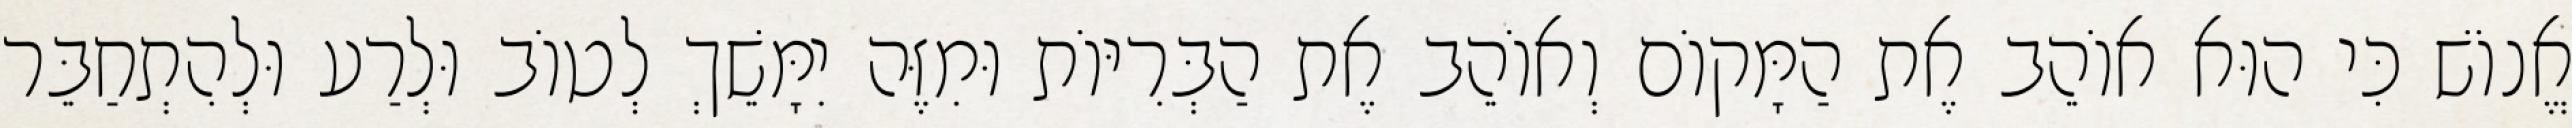
אֱנוֹשׁ כִּי הוּא אוֹהֵב אֶת הַמָּקוֹם וְאוֹהֵב אֶת הַבְּרִיּוֹת וּמִזֶּה יִמָּשֵׁךְ לְטוֹב וּלְרַע וּלְהִתְחַבֵּר